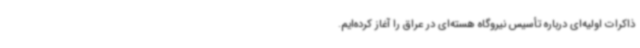
ذاکرات اولیه‌ای درباره تأسیس نیروگاه هسته‌ای در عراق را آغاز کرده‌ایم.